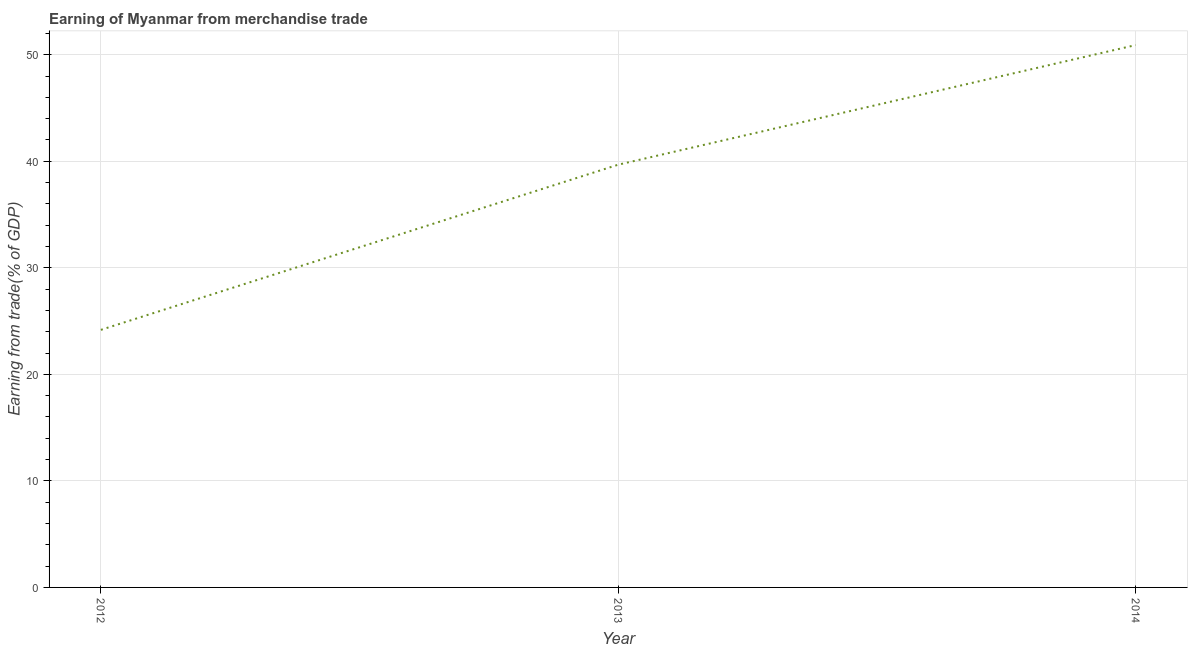
| Year | Merchandise trade |
 | --- | --- |
 | 2012 | 24.2 |
 | 2013 | 39.7 |
 | 2014 | 50.9 |